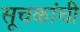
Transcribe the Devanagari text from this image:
सूचकांची